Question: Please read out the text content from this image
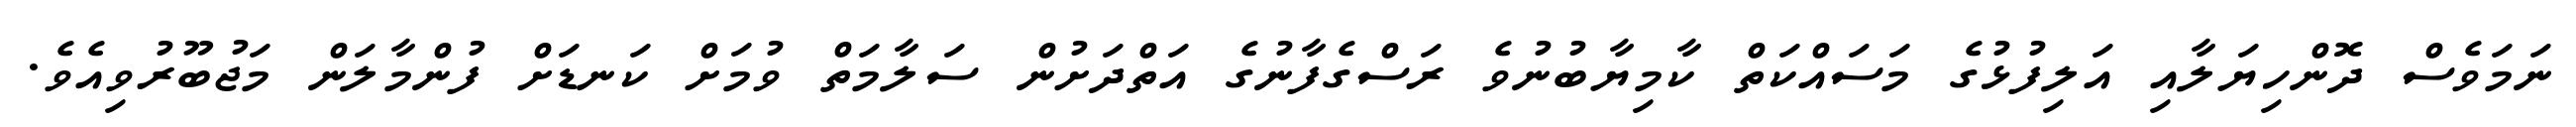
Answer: ނަމަވެސް ދޮންހިޔަލާއި އަލިފުޅުގެ މަސައްކަތް ކާމިޔާބުނުވެ ރަސްގެފާނުގެ އަތްދަށުން ސަލާމަތް ވުމަށް ކަނޑަށް ފުންމާލަން މަޖުބޫރުވިއެވެ.